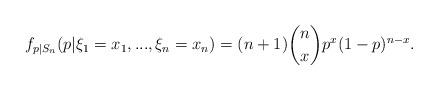
LaTeX: \begin{align*}\displaystyle f_{p|S_n}(p|\xi_1 = x_1,...,\xi_n=x_n) = (n+1) {n\choose x} p^x (1-p)^{n-x}.\end{align*}